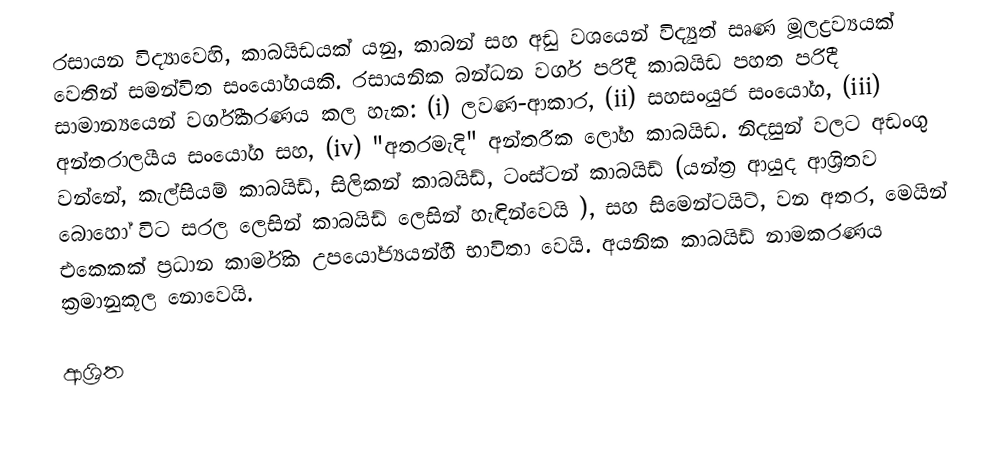
රසායන විද්‍යාවෙහි, කාබයිඩයක් යනු,  කාබන් සහ  අඩු වශයෙන් විද්‍යුත් සෘණ මූලද්‍රව්‍යයක් වෙතින් සමන්විත සංයෝගයකි.  රසායනික බන්ධන වර්ග පරිදී කාබයිඩ පහත පරිදී  සාමාන්‍යයෙන් වර්ගීකරණය කල හැක: (i) ලවණ-ආකාර, (ii) සහසංයුජ සංයෝග, (iii) අන්තරාලයීය සංයෝග සහ, (iv) "අතරමැදි" අන්තරීක ලෝහ කාබයිඩ. නිදසුන් වලට අඩංගු වන්නේ, කැල්සියම් කාබයිඩ්, සිලිකන් කාබයිඩ්, ටංස්ටන් කාබයිඩ් (යන්ත්‍ර ආයුද ආශ්‍රිතව බොහෝ විට සරල ලෙසින් කාබයිඩ් ලෙසින් හැඳින්වෙයි ), සහ සිමෙන්ටයිට්, වන අතර, මෙයින් එකෙකක් ප්‍රධාන කාර්මික උපයෝජ්‍යයන්හී භාවිතා වෙයි. අයනික කාබයිඩ් නාමකරණය  ක්‍රමානුකූල නොවෙයි.

ආශ්‍රිත